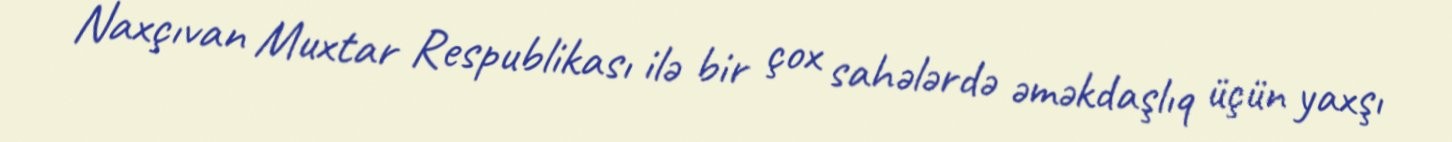
Naxçıvan Muxtar Respublikası ilə bir çox sahələrdə əməkdaşlıq üçün yaxşı